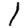
Digit: 1